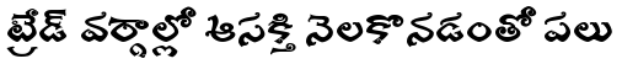
ట్రేడ్ వర్గాల్లో ఆసక్తి నెలకొనడంతో పలు